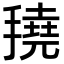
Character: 𢴽